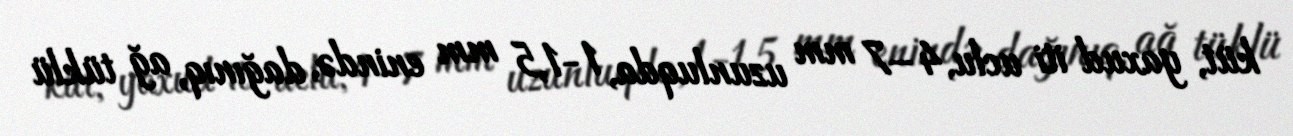
küt, yaxud iti uclu, 4–7 mm uzunluqda, 1-1,5 mm enində, dağınıq, ağ tüklü